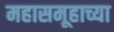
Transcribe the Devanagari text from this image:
महासमूहाच्या